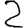
Digit: 2